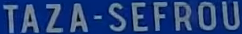
TAZA-SEFROU